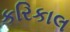
કરિકાલ